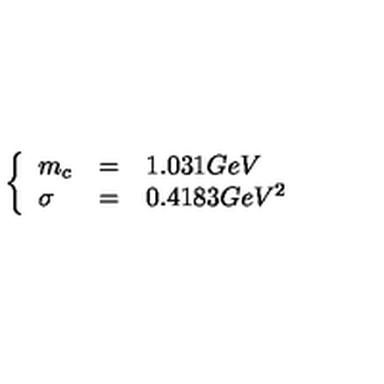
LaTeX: \left\{ \begin{array} { l l l } { m _ { c } } & { = } & { 1 . 0 3 1 G e V } \\ { \sigma } & { = } & { 0 . 4 1 8 3 G e V ^ { 2 } } \\ \end{array} \right.